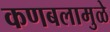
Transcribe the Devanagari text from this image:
कणबलामुळे